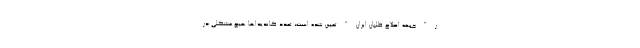
ر"جبهه اصلاح طلبان ايران"تعيين شده است، تعدد كانديداها هيچ مشكلي در